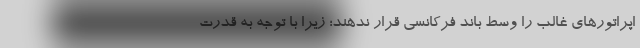
اپراتورهای غالب را وسط باند فرکانسی قرار ندهند؛ زیرا با توجه به قدرت